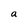
Character: a